Civil Veterinary Department. United Provinces 1932-42 - 1932-1942
Year: 1932
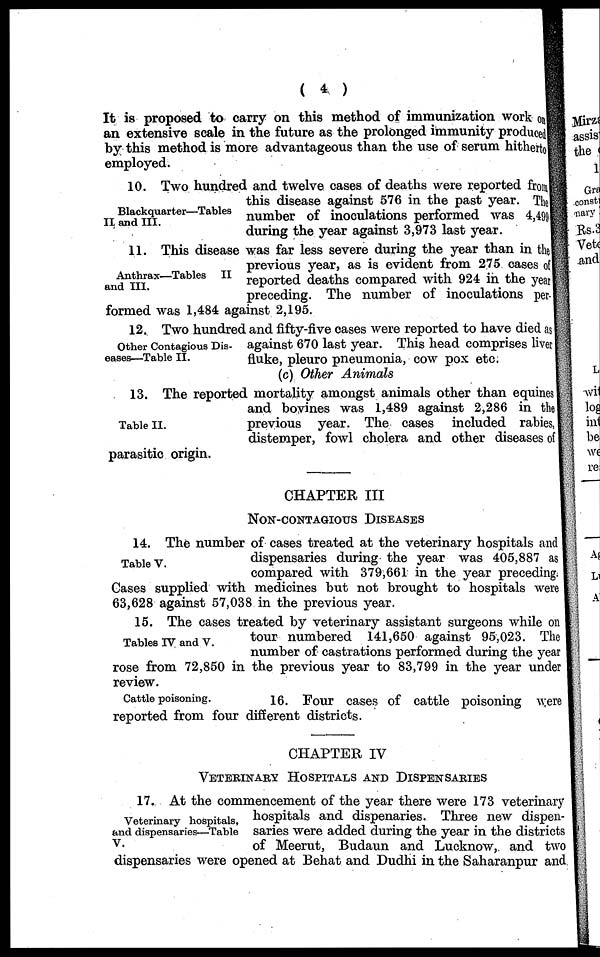
( 4 )
It is proposed to carry on this method of immunization work on
an extensive scale in the future as the prolonged immunity produced
by this method is more advantageous than the use of serum hitherto
employed.
Blackquarter—Tables
II and III.
10. Two hundred and twelve cases of deaths were reported from
this disease against 576 in the past year. The
number of inoculations performed was 4, 4991
during the year against 3,973 last year.
Anthrax—Tables
II
and III.
11. This disease was far less severe during the year than in the
previous year, as is evident from 275 cases of
reported deaths compared with 924 in the year
preceding. The number of inoculations per-
formed was 1,484 against 2,195.
Other Contagious Dis-
eases—Table II.
12. Two hundred and fifty-five cases were reported to have died as
against 670 last year. This head comprises liver
fluke, pleuro pneumonia, cow pox etc.
(c) Other Animals
Table II.
13. The reported mortality amongst animals other than equines
and bovines was 1,489 against 2,286 in the
previous year. The cases included rabies,
distemper, fowl cholera and other diseases of
parasitic origin.
CHAPTER III
NON-CONTAGIOUS DISEASES
Table V.
14. The number of cases treated at the veterinary hospitals and
dispensaries during the year was 405,887 as
compared with 379,661 in the year preceding,
Gases supplied with medicines but not brought to hospitals were
63,628 against 57,038 in the previous year.
Tables TV and V.
15. The cases treated by veterinary assistant surgeons while on
tour numbered 141,650 against 95,023. The
number of castrations performed during the year
rose from 72,850 in the previous year to 83,799 in the year under
review.
Cattle poisoning.
16. Four cases of cattle poisoning were
reported from four different districts.
CHAPTER IV
VETERINARY HOSPITALS AND DISPENSARIES
Veterinary hospitals,
and dispensaries—Table
V.
17. At the commencement of the year there were 173 veterinary
hospitals and dispenaries. Three new dispen-
saries were added during the year in the districts
of Meerut, Budaun and Lucknow, and two
dispensaries were opened at Behat and Dudhi in the Saharanpur and